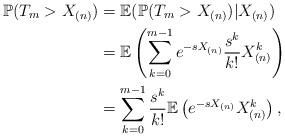
LaTeX: \begin{align*} \mathbb{P}(T_{m}>X_{(n)})&=\mathbb{E}(\mathbb{P}(T_{m}>X_{(n)})|X_{(n)})\\ &=\mathbb{E}\left(\sum_{k=0}^{m-1}e^{-sX_{(n)}}\frac{s^{k}}{k!}X_{(n)}^{k}\right)\\ &=\sum_{k=0}^{m-1}\frac{s^{k}}{k!}\mathbb{E}\left(e^{-sX_{(n)}}X_{(n)}^{k}\right),\end{align*}